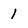
Character: 1